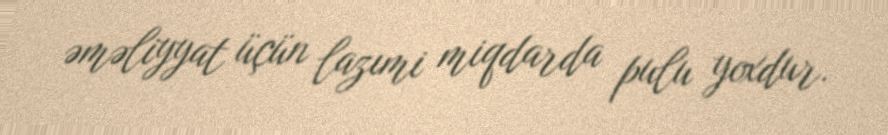
əməliyyat üçün lazımi miqdarda pulu yoxdur.